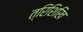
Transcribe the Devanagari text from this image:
त्रिशिखि